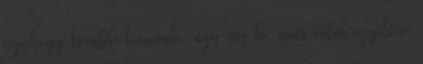
úgyhogy további tennivaló, úgy néz ki, nincs velük egyelőre.